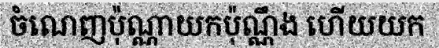
ចំណេញប៉ុណ្ណាយកប៉ុណ្ណឹង ហើយយក